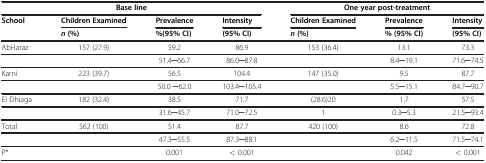
| <COLSPAN=4> Base line | <COLSPAN=3> One year post-treatment |
 | School | Children Examined | Prevalence | Intensity | Children Examined | Prevalence | Intensity |
 |  | n(%) | %(95% CI) | (95% CI) | n(%) | % (95% CI) | (95% CI) |
 | --- | --- | --- | --- | --- | --- | --- |
 | AbHaraz | 157 (27.9) | 59.2 | 86.9 | 153 (36.4) | 13.1 | 73.3 |
 |  |  | 51.4─66.7 | 86.0─87.8 |  | 8.4─19.1 | 71.6─74.5 |
 | Karni | 223 (39.7) | 56.5 | 104.4 | 147 (35.0) | 9.5 | 87.7 |
 |  |  | 50.0 ─62.0 | 103.4─105.4 |  | 5.5─15.1 | 84.7─90.7 |
 | El Dhiaga | 182 (32.4) | 38.5 | 71.7 | (28.6)20 | 1.7 | 57.5 |
 |  |  | 31.6─45.7 | 71.0─72.5 | 1 | 0.3─5.3 | 21.5─93.4 |
 | Total | 562 (100) | 51.4 | 87.7 | 420 (100) | 8.6 | 72.8 |
 |  |  | 47.3─55.5 | 87.3─88.1 |  | 6.2─11.5 | 71.5─74.1 |
 | P* |  | 0.001 | < 0.001 |  | 0.042 | < 0.001 |